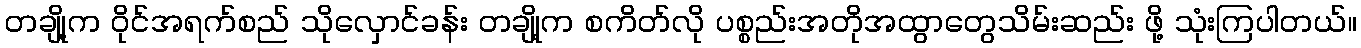
တချို့က ဝိုင်အရက်စည် သိုလှောင်ခန်း တချို့က စကိတ်လို ပစ္စည်းအတိုအထွာတွေသိမ်းဆည်း ဖို့ သုံးကြပါတယ်။